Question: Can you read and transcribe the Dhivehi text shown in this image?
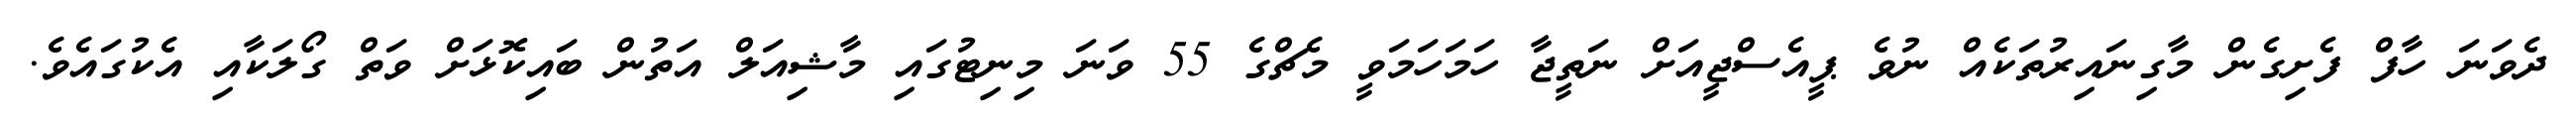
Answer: ދެވަނަ ހާފް ފެށިގެން މާގިނައިރުތަކެއް ނުވެ ޕީއެސްޖީއަށް ނަތީޖާ ހަމަހަމަވީ މެޗްގެ 55 ވަނަ މިނިޓުގައި މާޝިއަލް އަތުން ބައިކޮޅަށް ވަތް ގޯލަކާއި އެކުގައެވެ.